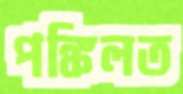
পঙ্কিলত